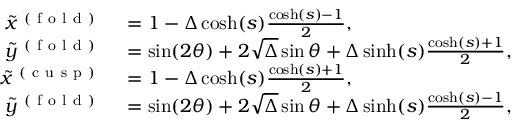
\begin{array} { r l } { \tilde { x } ^ { \mathrm { ~ ( ~ f ~ o ~ l ~ d ~ ) ~ } } } & { { } = 1 - \Delta \cosh ( s ) \frac { \cosh ( s ) - 1 } { 2 } , } \\ { \tilde { y } ^ { \mathrm { ~ ( ~ f ~ o ~ l ~ d ~ ) ~ } } } & { { } = \sin ( 2 \theta ) + 2 \sqrt { \Delta } \sin \theta + \Delta \sinh ( s ) \frac { \cosh ( s ) + 1 } { 2 } , } \\ { \tilde { x } ^ { \mathrm { ~ ( ~ c ~ u ~ s ~ p ~ ) ~ } } } & { { } = 1 - \Delta \cosh ( s ) \frac { \cosh ( s ) + 1 } { 2 } , } \\ { \tilde { y } ^ { \mathrm { ~ ( ~ f ~ o ~ l ~ d ~ ) ~ } } } & { { } = \sin ( 2 \theta ) + 2 \sqrt { \Delta } \sin \theta + \Delta \sinh ( s ) \frac { \cosh ( s ) - 1 } { 2 } , } \end{array}